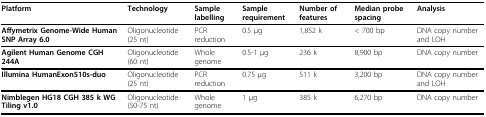
<table><thead><tr><td><b>Platform</b></td><td><b>Technology</b></td><td><b>Sample labelling</b></td><td><b>Sample requirement</b></td><td><b>Number of features</b></td><td><b>Median probe spacing</b></td><td><b>Analysis</b></td></tr></thead><tbody><tr><td><b>Affymetrix Genome-Wide Human SNP Array 6.0</b></td><td>Oligonucleotide (25 nt)</td><td>PCR reduction</td><td>0.5 μg</td><td>1,852 k</td><td>&lt; 700 bp</td><td>DNA copy number and LOH</td></tr><tr><td><b>Agilent Human Genome CGH 244A</b></td><td>Oligonucleotide (60 nt)</td><td>Whole genome</td><td>0.5-1 μg</td><td>236 k</td><td>8,900 bp</td><td>DNA copy number</td></tr><tr><td><b>Illumina HumanExon510s-duo</b></td><td>Oligonucleotide (25 nt)</td><td>PCR reduction</td><td>0.75 μg</td><td>511 k</td><td>3,200 bp</td><td>DNA copy number and LOH</td></tr><tr><td><b>Nimblegen HG18 CGH 385 k WG Tiling v1.0</b></td><td>Oligonucleotide (50-75 nt)</td><td>Whole genome</td><td>1 μg</td><td>385 k</td><td>6,270 bp</td><td>DNA copy number</td></tr></tbody></table>